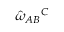
\hat { \omega } _ { A B } { } ^ { C }